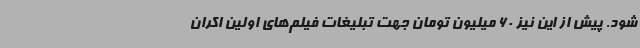
شود. پیش از این نیز 60 میلیون تومان جهت تبلیغات فیلم‌های اولین اکران